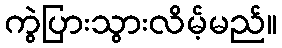
ကွဲပြားသွားလိမ့်မည်။